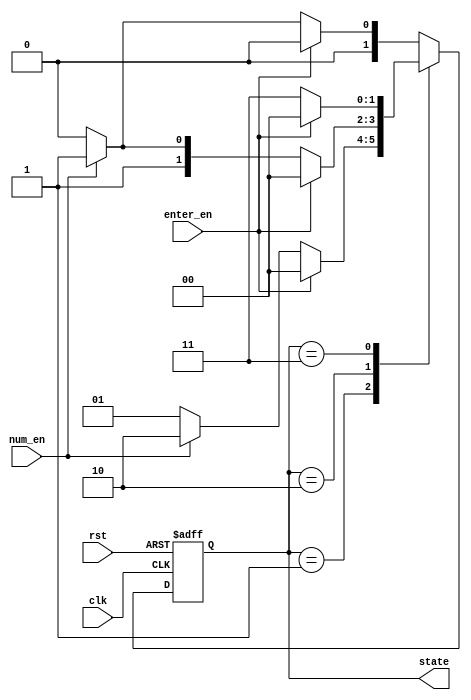
`timescale 1ns / 1ps
//////////////////////////////////////////////////////////////////////////////////
// Company: 
// Engineer: 
// 
// Design Name: 
// Module Name: FSM
// Project Name: 
// Target Devices: 
// Tool Versions: 
// Description: 
// 
// Dependencies: 
// 
// Revision:
// Revision 0.01 - File Created
// Additional Comments:
// 
//////////////////////////////////////////////////////////////////////////////////

`define S0 2'b00
`define S1 2'b01
`define S2 2'b10
`define S3 2'b11

module FSM(state,num_en,enter_en,clk,rst);

output reg [1:0]state;
input num_en,enter_en,clk,rst;

reg [1:0]next_state;

always@(enter_en,num_en) begin
    case(state)
    `S1: begin
         if(enter_en)
          next_state = `S0;
         else if (num_en)
          next_state = `S2;
         else
          next_state = `S1;
         end
    `S2: begin
         if(enter_en)
          next_state = `S0;
         else if (num_en)
          next_state = `S3;
         else
          next_state = `S2;
         end
    `S3: begin
         if(enter_en)
          next_state = `S0;
         else if (num_en)
          next_state = `S3;
         else
          next_state = `S3;
         end
    default : begin
         if(enter_en)
          next_state = `S0;
         else if (num_en)
          next_state = `S1;
         else
          next_state = `S0;
         end
    endcase
end

always@(posedge clk or negedge rst)
    if(~rst)
        state = `S0;
    else 
        state = next_state;
endmodule